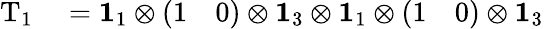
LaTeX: \begin{array}{rl}{\mathrm{T}_{1}}&{{}=\mathbf{1}_{1}\otimes\left(\begin{array}{ll}{1}&{0}\end{array}\right)\otimes\mathbf{1}_{3}\otimes\mathbf{1}_{1}\otimes\left(\begin{array}{ll}{1}&{0}\end{array}\right)\otimes\mathbf{1}_{3}}\end{array}